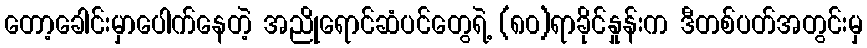
တော့ခေါင်းမှာပေါက်နေတဲ့ အညိုရောင်ဆံပင်တွေရဲ့ (၈၀)ရာခိုင်နှုန်းက ဒီတစ်ပတ်အတွင်းမှ